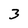
Character: 3